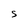
Character: S